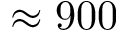
\approx 9 0 0